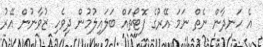
އެ ހަނދާން ނެތް ނަމަ އޭރުގެ ފޮޓޯތައް ބަލައިލުމުން ދިވެހި ޒުވާނުން އޭރު